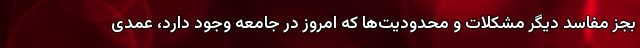
بجز مفاسد دیگر مشکلات و محدودیت‌ها که امروز در جامعه وجود دارد، عمدی